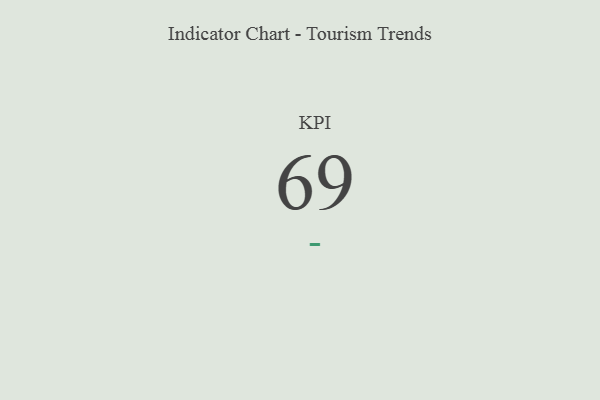
{"axis": {"x": "KPI", "y": "Value"}, "legend": [""], "data": [{"x": "KPI", "y": 69, "type": ""}]}